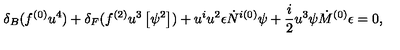
\delta _ { B } ( f ^ { ( 0 ) } u ^ { 4 } ) + \delta _ { F } ( f ^ { ( 2 ) } u ^ { 3 } \left[ \psi ^ { 2 } \right] ) + u ^ { i } u ^ { 2 } \epsilon \dot { N } ^ { i ( 0 ) } \psi + \frac { i } { 2 } u ^ { 3 } \psi \dot { M } ^ { ( 0 ) } \epsilon = 0 ,